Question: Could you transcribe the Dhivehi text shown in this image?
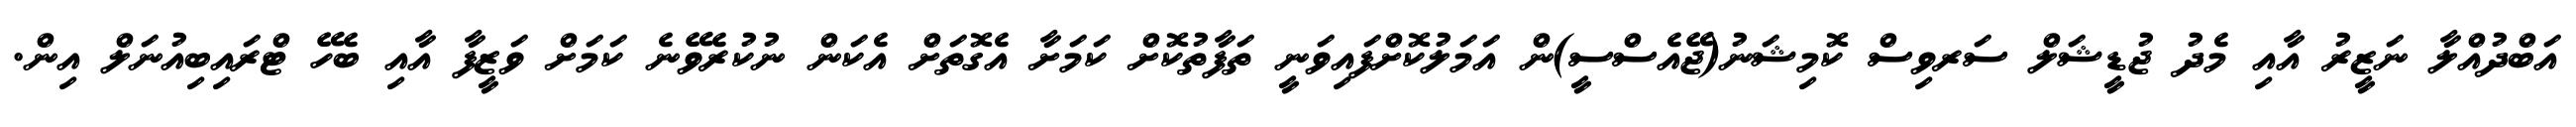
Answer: އަބްދުއްލާ ނަޒީރު އާއި މެދު ޖުޑީޝަލް ސަރވިސް ކޮމިޝަނު(ޖޭއެސްސީ)ން އަމަލުކޮށްފައިވަނީ ތަފާތުކޮށް ކަމަށާ އެގޮތަށް އެކަން ނުކުރެވޭނެ ކަމަށް ވަޒީފާ އާއި ބެހޭ ޓްރައިބިއުނަލް އިން.